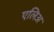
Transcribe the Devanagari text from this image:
एलिअ